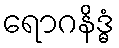
ရောဂနိဒ္ဓံ